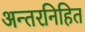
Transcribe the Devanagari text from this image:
अन्तरनिहित